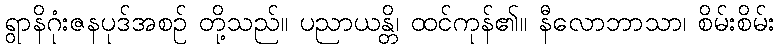
ရွာနိဂုံးဇနပုဒ်အစဉ် တို့သည်။ ပညာယန္တိ၊ ထင်ကုန်၏။ နီလောဘာသာ၊ စိမ်းစိမ်း